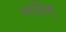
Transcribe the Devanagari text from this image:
नविन्